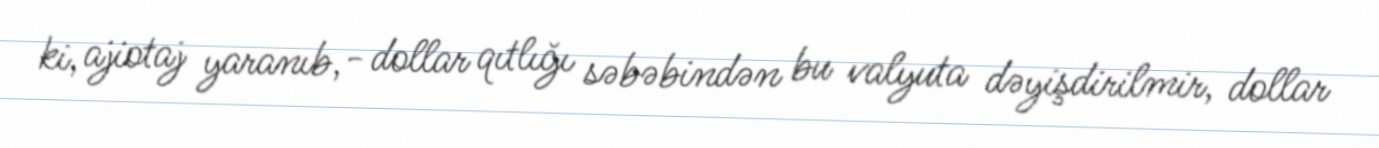
ki, ajiotaj yaranıb,- dollar qıtlığı səbəbindən bu valyuta dəyişdirilmir, dollar